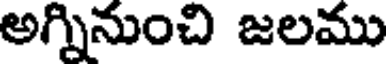
అగ్నినుంచి జలము